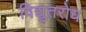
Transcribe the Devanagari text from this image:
विद्युतरोध